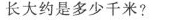
长大约是多少千米?